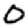
Digit: 0